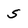
Character: S